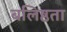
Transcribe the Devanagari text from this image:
बलिष्ठता